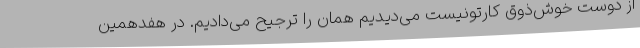
از دوست خوش‌ذوق کارتونیست می‌دیدیم همان را ترجیح می‌دادیم. در هفدهمین